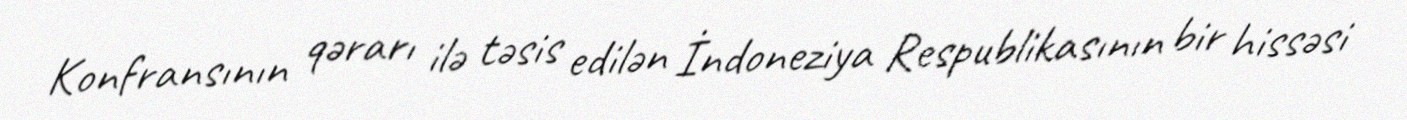
Konfransının qərarı ilə təsis edilən İndoneziya Respublikasının bir hissəsi